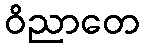
ဝိညာတေ